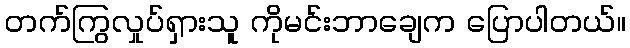
တက်ကြွလှုပ်ရှားသူ ကိုမင်းဘာချေက ပြောပါတယ်။